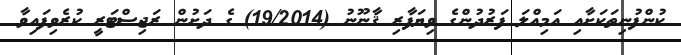
ކުންފުނިތަކަށާއި އަމިއްލަ ފަރުދުންގެ ވިޔަފާރި ޤާނޫނު (19/2014) ގެ ދަށުން ރަޖިސްޓަރީ ކުރެވިފައިވާ